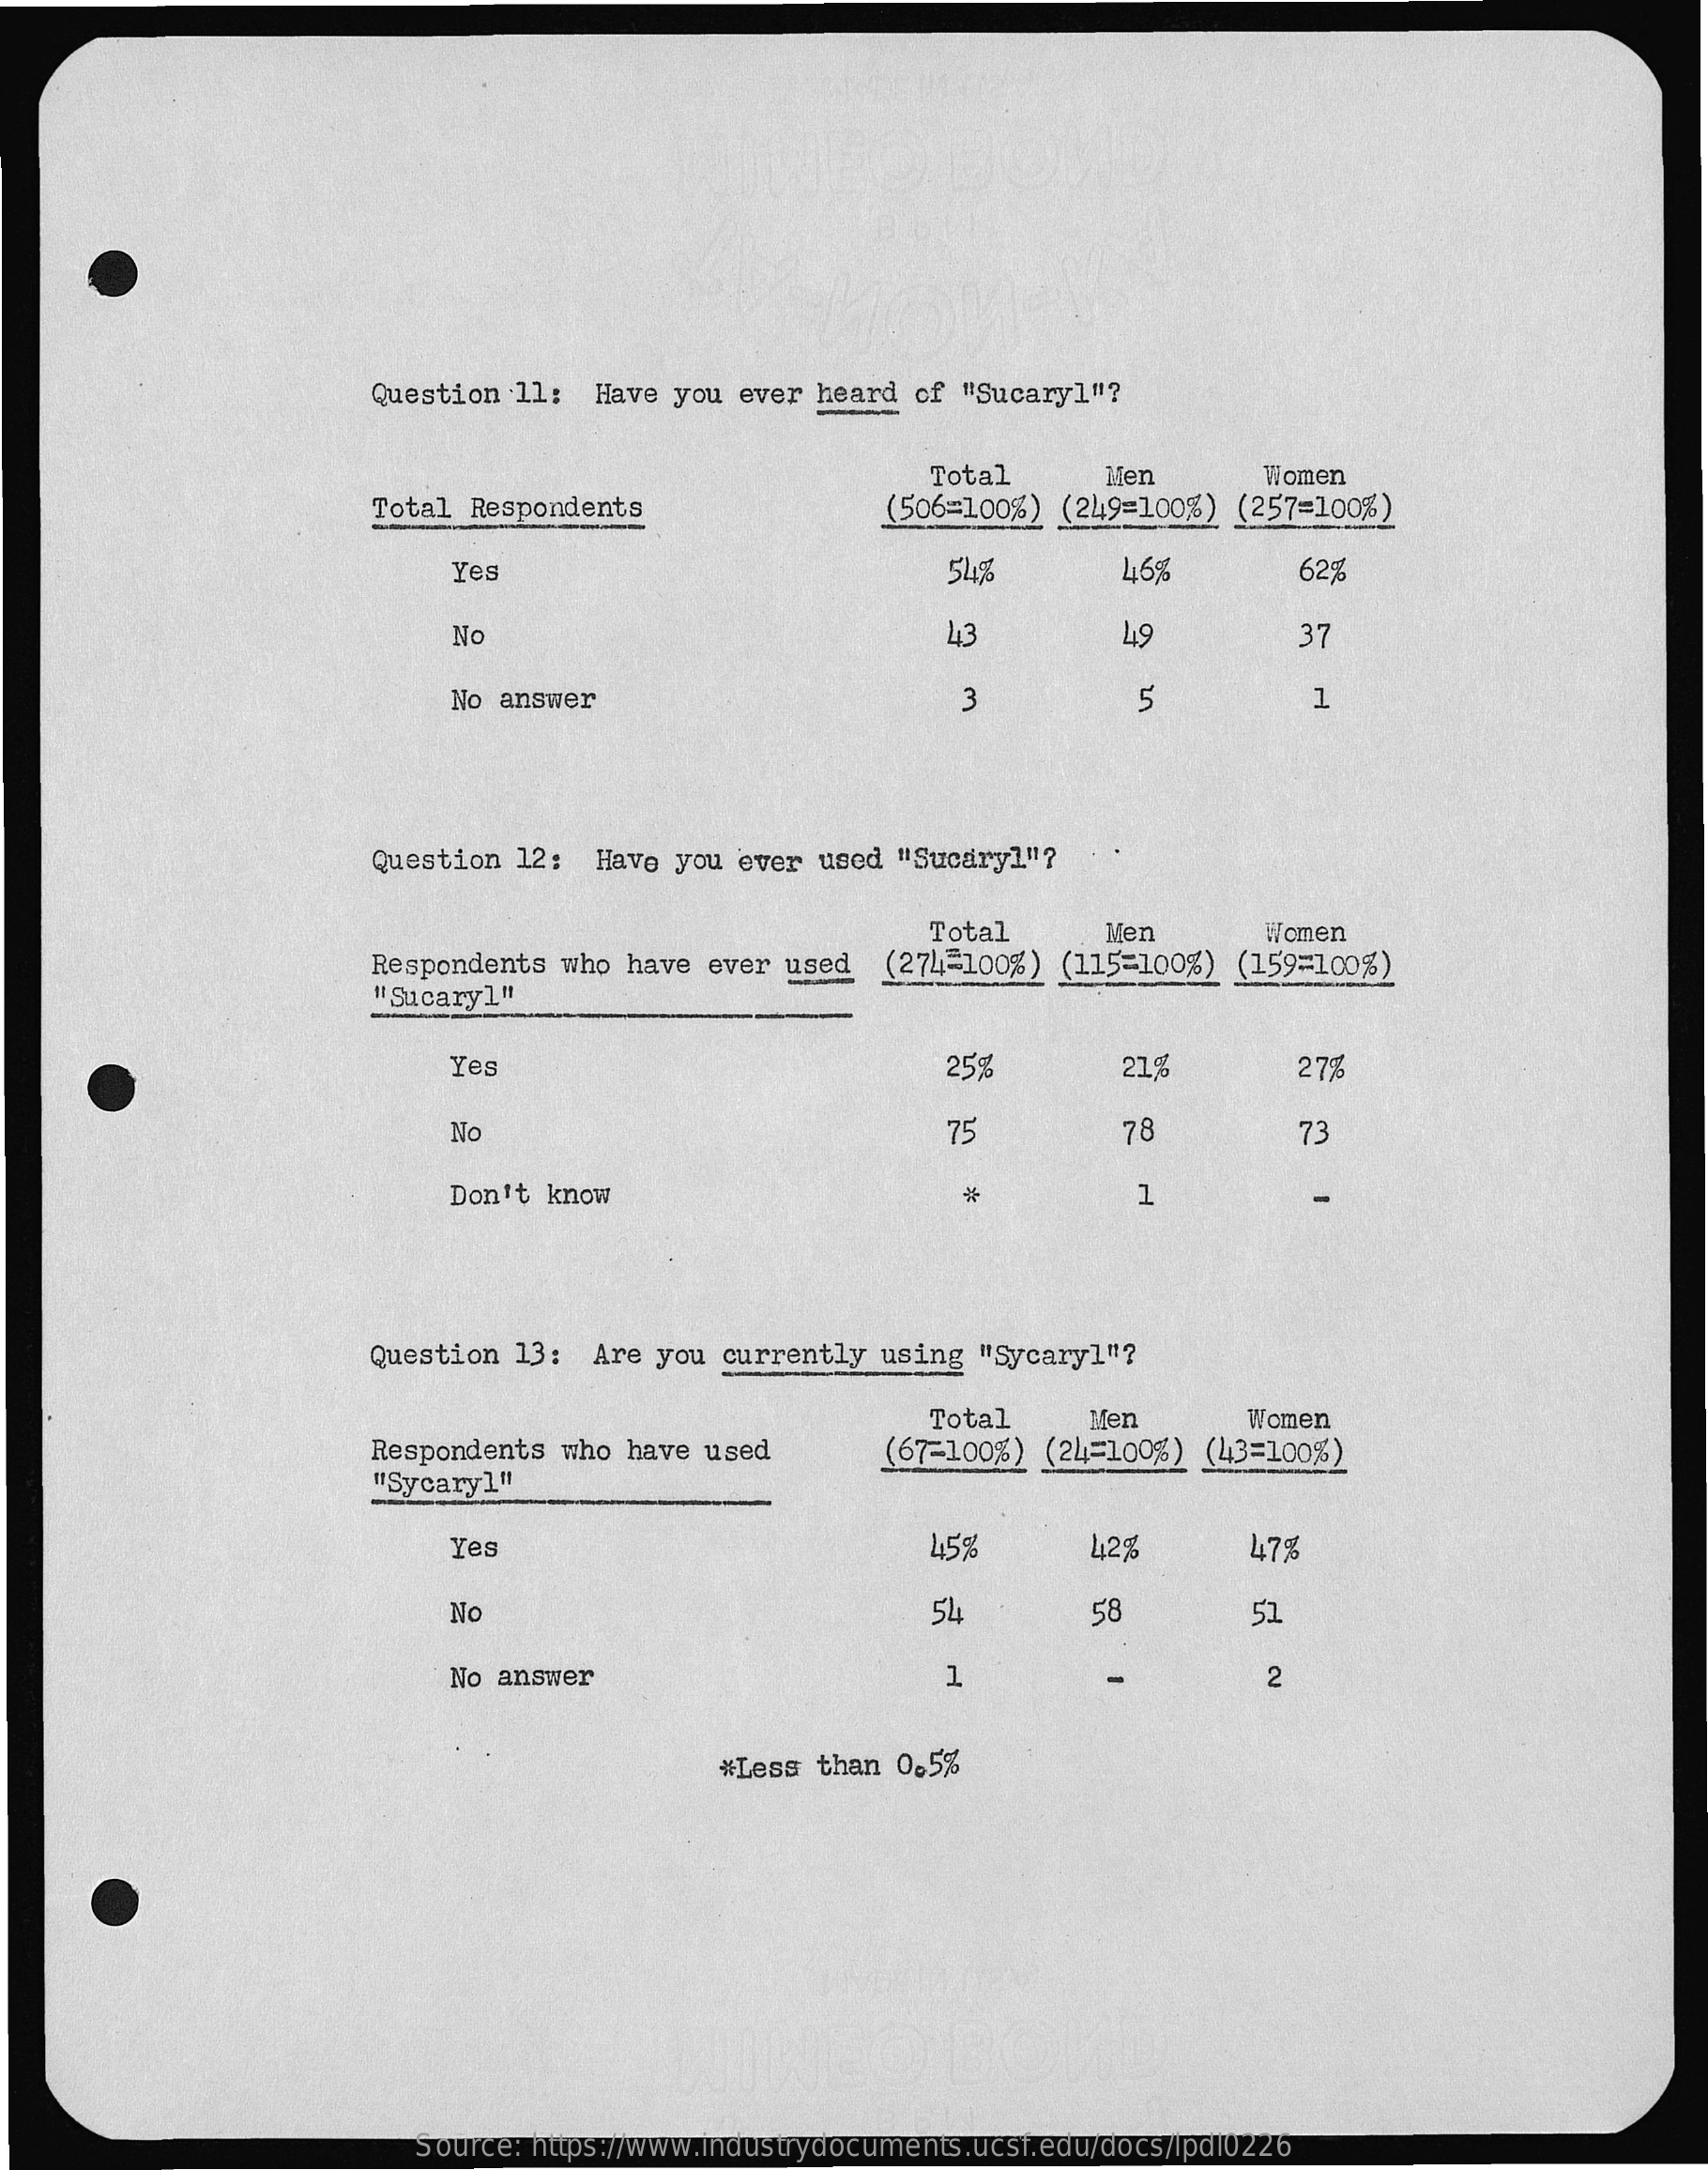
Question  11:  Have you  ever heard  of "Sucaryl"?
     Total    Men
     (506=100%) (249=100%)  (257=100%)
     Women
     Total  Respondents
     Yes    54%    16%    62%
     No    43    49    37
     No answer    3    5    1
     Question  12:  Have you  ever used "Sucaryl"?
     Total    Men
     (274=100%) (115=100%)  (159=100%)
     Women
     Respondents  who have  ever used
     " Sucary1"
     Yes    25%    218    27%
     No    75    78    73
     Don't know    1 *
     Question  13:  Are you  currently using  "Sycaryl"?
     (67-100%) (24=100%)  (43=100%)
     Total    Men    Women
     Respondents  who have used
     "Sycaryl"
     Yes    45%    42%    47%
     No    54    58    51
     No answer    1    2
     #Less than 0,5%
     Source: https://www.industrydocuments.ucsf.edu/docs/lpdl0226